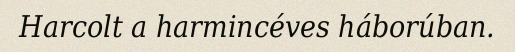
Harcolt a harmincéves háborúban.